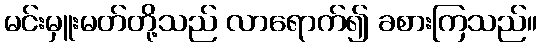
မင်းမှူးမတ်တို့သည် လာရောက်၍ ခစားကြသည်။